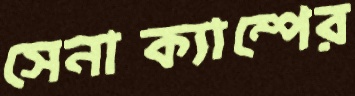
সেনাক্যাম্পের